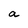
Character: a